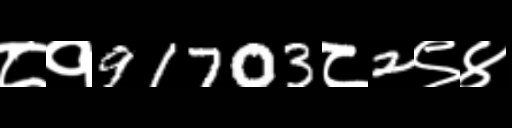
Text: ८१91703८2९४